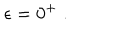
\epsilon = 0 ^ { + } \; .